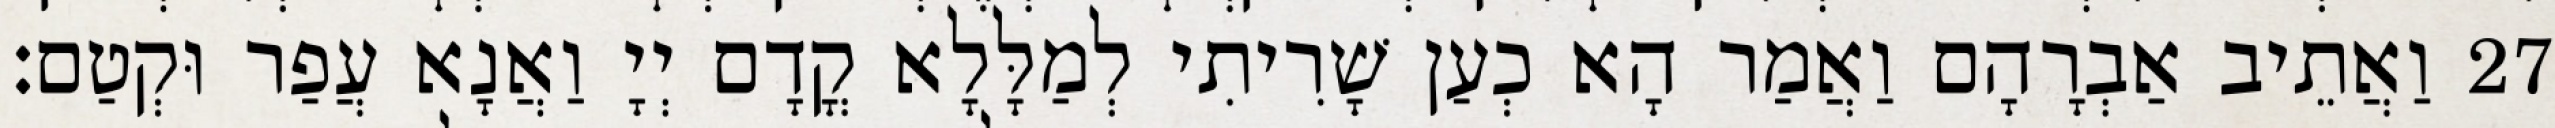
27 וַאֲתֵיב אַבְרָהָם וַאֲמַר הָא כְעַן שָׁרִיתִי לְמַלָּלָא קֳדָם יְיָ וַאֲנָא עֲפַר וּקְטַם׃